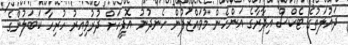
ދައުލަތުގެ ޓެކްސް އިދާރާގެ އަންހެން މުވައްޒަފުން ހެނދުނު އޮފީހަށް ދުރުވިއިރު ހުރިހާ ކަބަލުންގެ